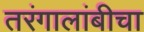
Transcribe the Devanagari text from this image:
तरंगालांबीचा